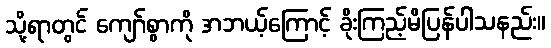
သို့ရာတွင် ကျော်စွာကို အဘယ့်ကြောင့် ခိုးကြည့်မိပြန်ပါသနည်း။